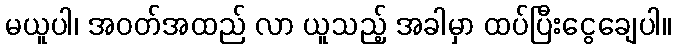
မယူပါ၊ အဝတ်အထည် လာ ယူသည့် အခါမှာ ထပ်ပြီးငွေချေပါ။